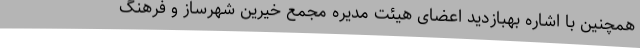
همچنین با اشاره بهبازدید اعضای هیئت مدیره مجمع خیرین شهرساز و فرهنگ